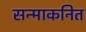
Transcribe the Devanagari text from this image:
सन्माकनित